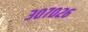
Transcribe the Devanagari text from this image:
३०७०२६